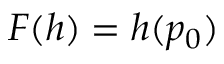
F ( h ) = h ( p _ { 0 } )